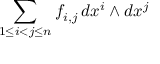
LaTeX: \sum _ { 1 \leq i < j \leq n } f _ { i , j } \, d x ^ { i } \wedge d x ^ { j }